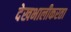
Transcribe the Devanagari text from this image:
देखभालीकरता